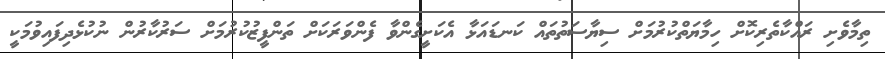
ތިމާވެށި ރައްކާތެރިކޮށް ހިމާޔަތްކުރުމަށް ސިޔާސަތުތައް ކަނޑައަޅާ އެކަށީގެންވާ ފެންވަރަކަށް ތަންފީޒުކުރުމަށް ސަރުކާރުން ނުކުޅެދިފައިވުމަކީ